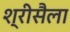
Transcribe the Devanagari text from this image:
श्रीसैला